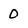
Character: 0